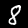
Label: 8